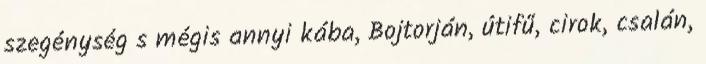
szegénység s mégis annyi kába, Bojtorján, útifű, cirok, csalán,